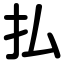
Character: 払